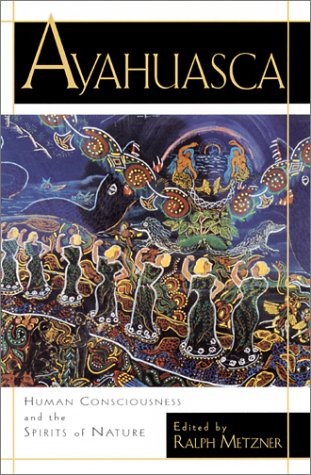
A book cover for Ayahuasca: Hallucinogens, Consciousness, and the Spirit of Nature; Medical Books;